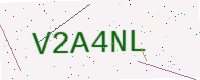
Text: V2A4NL